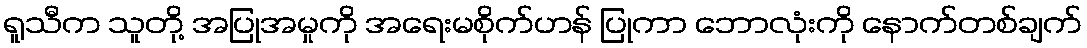
ရူသီက သူတို့ အပြုအမှုကို အရေးမစိုက်ဟန် ပြုကာ ဘောလုံးကို နောက်တစ်ချက်